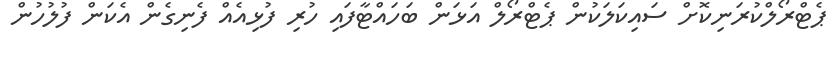
ޕެޓްރޯލްކުރަނިކޮށް ސައިކަލަކުން ޕެޓްރޯލް އަޅަން ބަހައްޓާފައި ހުރި ފުޅިއެއް ފެނިގެން އެކަން ފުލުހުން